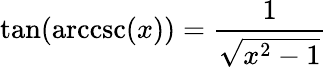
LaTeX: \tan(\operatorname{arccsc}(x))={\frac{1}{\sqrt{x^{2}-1}}}